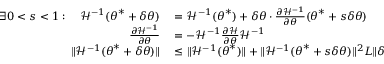
\begin{array} { r l } { \exists 0 < s < 1 : \quad \mathcal { H } ^ { - 1 } ( { \boldsymbol { \theta } } ^ { * } + \delta { \boldsymbol { \theta } } ) } & { { } = \mathcal { H } ^ { - 1 } ( { \boldsymbol { \theta } } ^ { * } ) + \delta { \boldsymbol { \theta } } \cdot \frac { \partial \mathcal { H } ^ { - 1 } } { \partial { \boldsymbol { \theta } } } ( { \boldsymbol { \theta } } ^ { * } + s \delta { \boldsymbol { \theta } } ) } \\ { \frac { \partial \mathcal { H } ^ { - 1 } } { \partial { \boldsymbol { \theta } } } } & { { } = - \mathcal { H } ^ { - 1 } \frac { \partial \mathcal { H } } { \partial { \boldsymbol { \theta } } } \mathcal { H } ^ { - 1 } } \\ { \lVert \mathcal { H } ^ { - 1 } ( { \boldsymbol { \theta } } ^ { * } + \delta { \boldsymbol { \theta } } ) \rVert } & { { } \leq \lVert \mathcal { H } ^ { - 1 } ( { \boldsymbol { \theta } } ^ { * } ) \rVert + \lVert \mathcal { H } ^ { - 1 } ( { \boldsymbol { \theta } } ^ { * } + s \delta { \boldsymbol { \theta } } ) \rVert ^ { 2 } L \lVert \delta { \boldsymbol { \theta } } \rVert } \end{array}